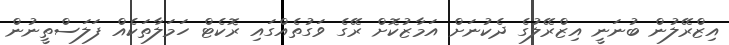
އިޒްރޭލުން ބުނަނީ އިޒްރޭލުގެ ދެކުނަށް އަމާޒުކޮށް ރޭގެ ވަގުތެއްގައި ރޮކެޓް ހަމަލާތަކެއް ފަލަސްތީނުން